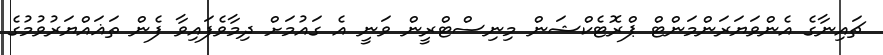
ޗައިނާގެ އެންވަޔަރަންމަންޓް ޕްރޮޓެކްޝަން މިނިސްޓްރީން ވަނީ އެ ގައުމަށް ދިމާވެފައިވާ ފެން ތަޣައްޔަރުވުމުގެ